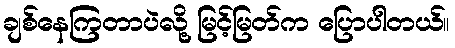
ချစ်နေကြတာပဲလို့ မြင့်မြတ်က ပြောပါတယ်။